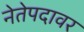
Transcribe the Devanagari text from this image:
नेतेपदावर